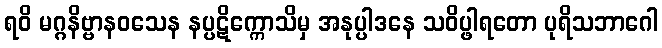
ရဝိ မဂ္ဂနိဗ္ဗာနဝသေန နပ္ပဋိက္ကောသိမှ အနုပ္ပါဒနေ သဝိပ္ဖါရတော ပုရိသဘာဂေါ